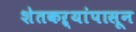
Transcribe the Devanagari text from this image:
शेतकऱ्यांपासून